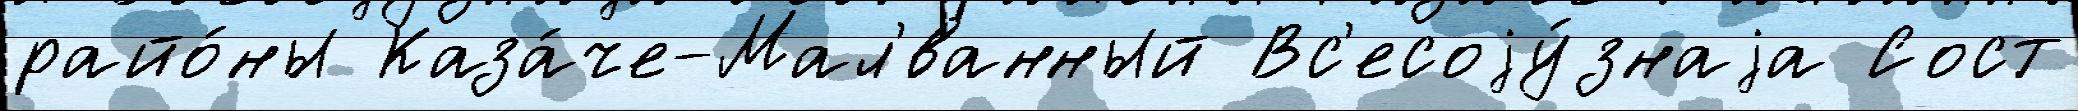
райо́ны Каза́че-Мал'́ванный Вс'есоjу́знаjа Сост